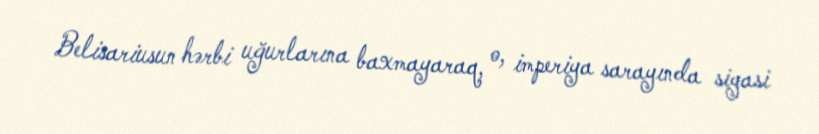
Belisariusun hərbi uğurlarına baxmayaraq, o, imperiya sarayında siyasi